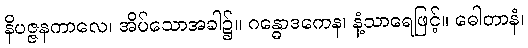
နိပဇ္ဇနကာလေ၊ အိပ်သောအခါ၌။ ဂန္ဓောဒကေန၊ နံ့သာရေဖြင့်။ ဓေါတာနံ၊